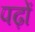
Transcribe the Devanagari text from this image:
पढ़ों